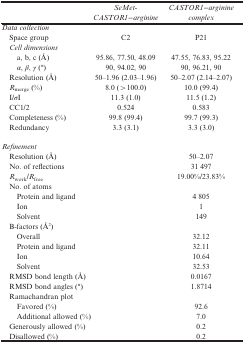
<table><thead><tr><td><b> </b></td><td><b><i>SeMet-CASTOR1−arginine</i></b></td><td><b><i>CASTOR1−arginine complex</i></b></td></tr></thead><tbody><tr><td colspan="3"><i>Data collection</i></td></tr><tr><td> Space group</td><td>C2</td><td>P21</td></tr><tr><td> <i>Cell dimensions</i></td><td> </td><td> </td></tr><tr><td>a, b, c (Å)</td><td>95.86, 77.50, 48.09</td><td>47.55, 76.83, 95.22</td></tr><tr><td><i>α</i>,<i> β</i>,<i> γ</i> (°)</td><td>90, 94.02, 90</td><td>90, 96.21, 90</td></tr><tr><td> Resolution (Å)</td><td>50–1.96 (2.03–1.96)</td><td>50–2.07 (2.14–2.07)</td></tr><tr><td> <i>R</i><sub>merge</sub> (%)</td><td>8.0 (&gt;100.0)</td><td>10.0 (99.4)</td></tr><tr><td> I/<i>σ</i>I</td><td>11.3 (1.0)</td><td>11.5 (1.2)</td></tr><tr><td> CC1/2</td><td>0.524</td><td>0.583</td></tr><tr><td> Completeness (%)</td><td>99.8 (99.4)</td><td>99.7 (99.3)</td></tr><tr><td> Redundancy</td><td>3.3 (3.1)</td><td>3.3 (3.0)</td></tr><tr><td> </td><td> </td><td> </td></tr><tr><td colspan="3"><i>Refinement</i></td></tr><tr><td> Resolution (Å)</td><td> </td><td>50–2.07</td></tr><tr><td> No. of reflections</td><td> </td><td>31 497</td></tr><tr><td> <i>R</i><sub>work</sub>/<i>R</i><sub>free</sub></td><td> </td><td>19.00%/23.83%</td></tr><tr><td> No. of atoms</td><td> </td><td> </td></tr><tr><td>Protein and ligand</td><td> </td><td>4 805</td></tr><tr><td>Ion</td><td> </td><td>1</td></tr><tr><td>Solvent</td><td> </td><td>149</td></tr><tr><td> B-factors (Å<sup>2</sup>)</td><td> </td><td> </td></tr><tr><td>Overall</td><td> </td><td>32.12</td></tr><tr><td>Protein and ligand</td><td> </td><td>32.11</td></tr><tr><td>Ion</td><td> </td><td>10.64</td></tr><tr><td>Solvent</td><td> </td><td>32.53</td></tr><tr><td> RMSD bond length (Å)</td><td> </td><td>0.0167</td></tr><tr><td> RMSD bond angles (°)</td><td> </td><td>1.8714</td></tr><tr><td> Ramachandran plot</td><td> </td><td> </td></tr><tr><td>Favored (%)</td><td> </td><td>92.6</td></tr><tr><td>Additional allowed (%)</td><td> </td><td>7.0</td></tr><tr><td> Generously allowed (%)</td><td> </td><td>0.2</td></tr><tr><td> Disallowed (%)</td><td> </td><td>0.2</td></tr></tbody></table>